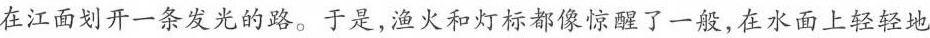
在江面划开一条发光的路。于是,渔火和灯标都像惊醒了一般,在水面上轻轻地